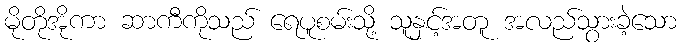
မိုတိုအိုကာ ဆာကီကိုသည် ရေပူစမ်းသို့ သူနှင့်အတူ အလည်သွားခဲ့သော